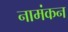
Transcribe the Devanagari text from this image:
नामंकन